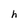
Character: h